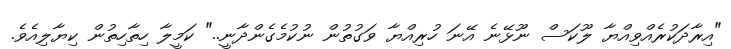
"އިރާދަކުރެއްވިއްޔާ ލޫކަސް ނޫޅޭނެ އޭނަ ހުރިއްޔާ ވަގުތުން ނުކުމެގެންދާނީ.." ކަމީލާ ހިތާހިތުން ކިޔާލިއެވެ.